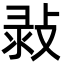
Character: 㪖